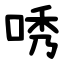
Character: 唀